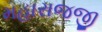
મહારાજજી